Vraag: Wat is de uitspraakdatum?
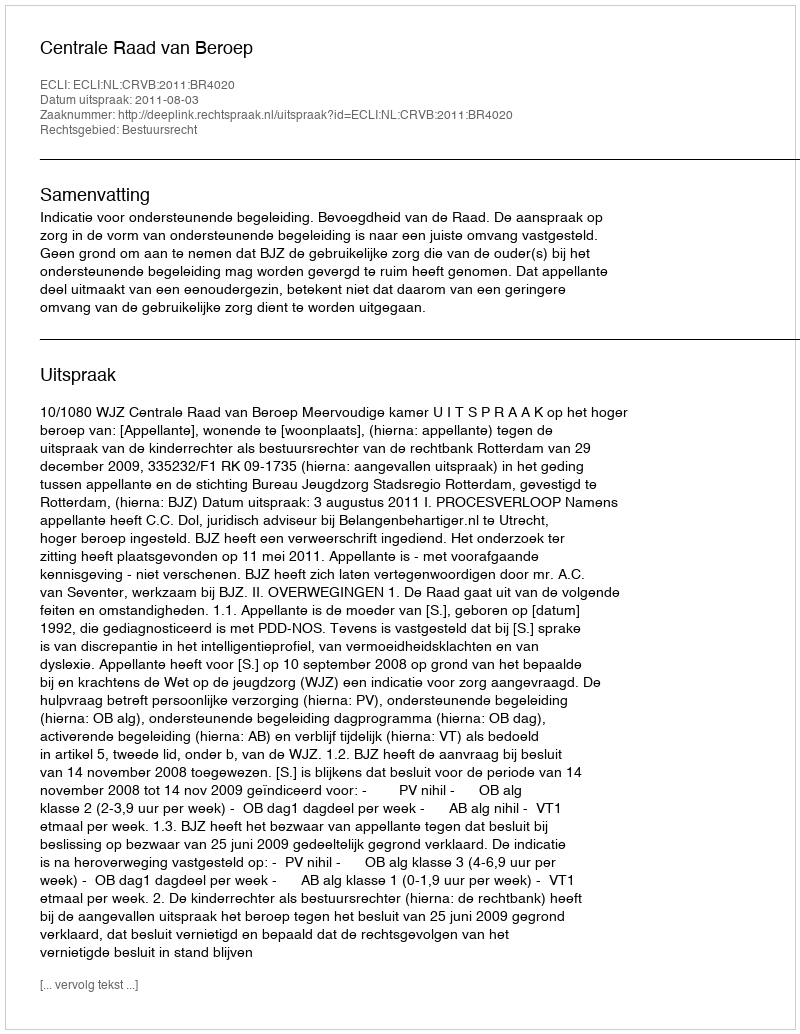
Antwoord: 2011-08-03